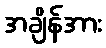
အချိန်အား